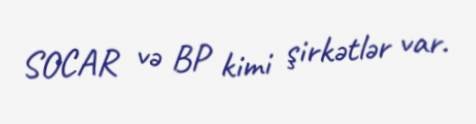
SOCAR və BP kimi şirkətlər var.